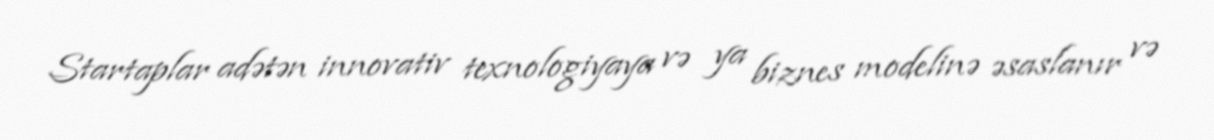
Startaplar adətən innovativ texnologiyaya və ya biznes modelinə əsaslanır və